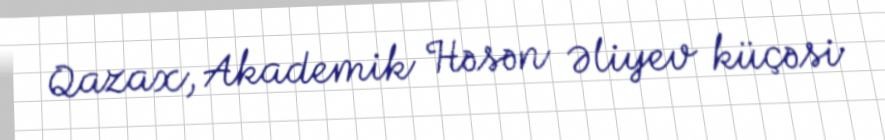
Qazax, Akademik Həsən Əliyev küçəsi